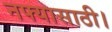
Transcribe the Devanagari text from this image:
नफ्यासाठी।